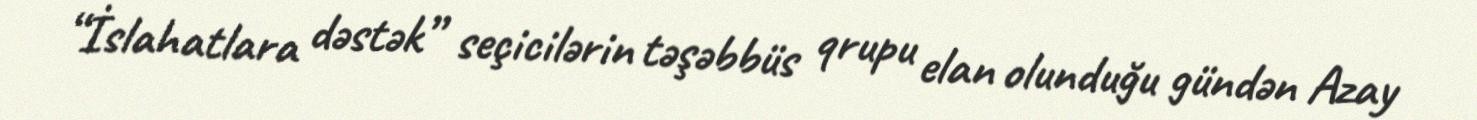
“İslahatlara dəstək” seçicilərin təşəbbüs qrupu elan olunduğu gündən Azay